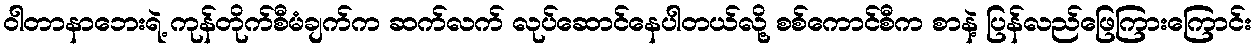
ဝါတာနာဘေးရဲ့ ကုန်တိုက်စီမံချက်က ဆက်လက် လုပ်ဆောင်နေပါတယ်လို့ စစ်ကောင်စီက စာနဲ့ ပြန်လည်ဖြေကြားကြောင်း